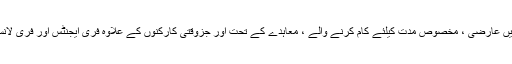
ان ملازمین میں عارضی ، مخصوص مدت کیلئے کام کرنے والے ، معاہدے کے تحت اور جزوقتی کارکنوں کے علاوہ فری ایجنٹس اور فری لانسرزشامل ہیں۔